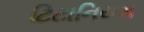
ટિટાનિયમ